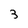
Character: 3